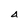
Character: 4